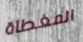
المغطاة